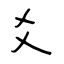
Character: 爻